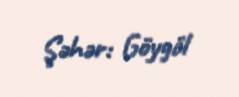
Şəhər: Göygöl